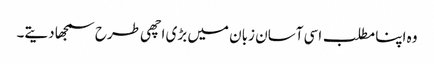
وہ اپنا مطلب اسی آسان زبان میں بڑی اچھی طرح سمجھا دیتے۔